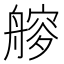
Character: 𦪁